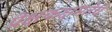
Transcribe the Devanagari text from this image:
प्रेक्षकक्षमतेचे